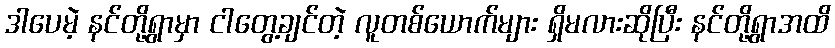
ဒါပေမဲ့ နင်တို့ရွာမှာ ငါတွေ့ချင်တဲ့ လူတစ်ယောက်များ ရှိမလားဆိုပြီး နင်တို့ရွာအထိ